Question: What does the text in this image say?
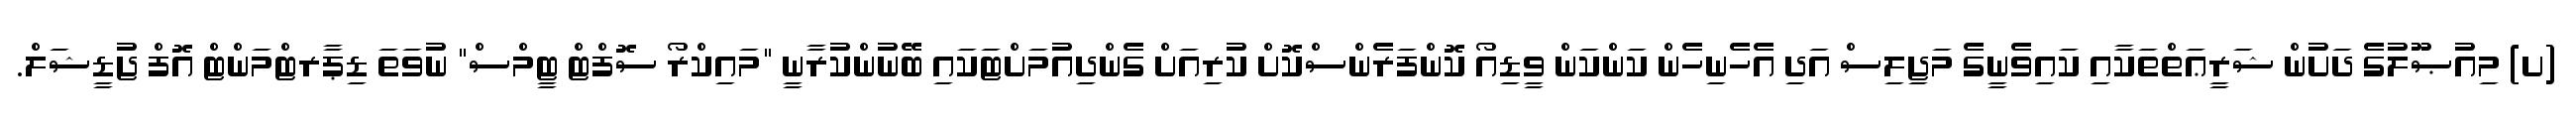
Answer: (ށ) މިއުޞޫލުގެ ދަށުން ޝަރީޢަތްތަކާއި ކައިވެނީގެ މަޖިލިސް އަދި އެހެނިހެން ކަންކަން ވީޑިއޯ ކޮންފަރެންސްކޮށް ކުރިއަށް ގެންދިއުމަށްޓަކައި ބޭނުންކުރާނީ "މައިކްރޯ ސޮފްޓް ޓީމްސް" ނުވަތަ ޑިޕާރޓްމަންޓް އޮފް ޖުޑީޝަލް.